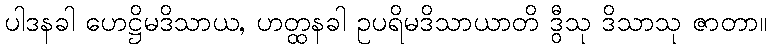
ပါဒနခါ ဟေဋ္ဌိမဒိသာယ, ဟတ္ထနခါ ဥပရိမဒိသာယာတိ ဒွီသု ဒိသာသု ဇာတာ။